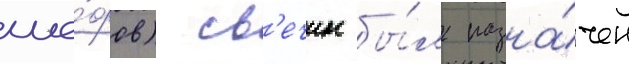
ше́фов) св'ечин бы́л назна́чен